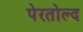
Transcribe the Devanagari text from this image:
पेरतोल्द